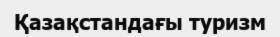
Қазақстандағы туризм